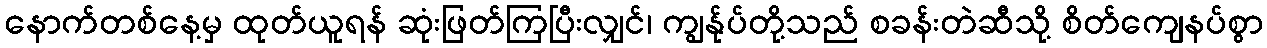
နောက်တစ်နေ့မှ ထုတ်ယူရန် ဆုံးဖြတ်ကြပြီးလျှင်၊ ကျွန်ုပ်တို့သည် စခန်းတဲဆီသို့ စိတ်ကျေနပ်စွာ